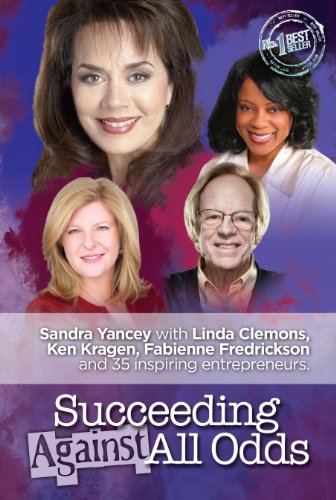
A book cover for Succeeding Against All Odds; Sandra Yancey; Business & Money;